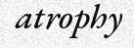
atrophy